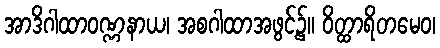
အာဒိဂါထာဝဏ္ဏနာယ၊ အစဂါထာအဖွင့်၌။ ဝိတ္ထာရိတမေဝ၊